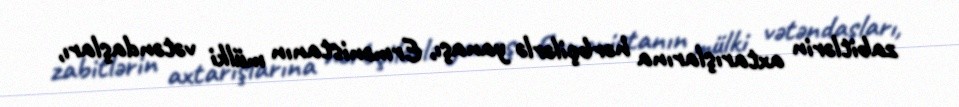
zabitlərin axtarışlarına hərbçilərlə yanaşı, Ermənistanın mülki vətəndaşları,